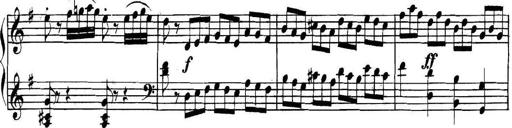
Title: Collected Piano Sonatas
Composer: Muzio Clementi